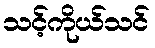
သင့်ကိုယ်သင်